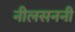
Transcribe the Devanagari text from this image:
नीलसननी